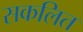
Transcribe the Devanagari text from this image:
सकलित